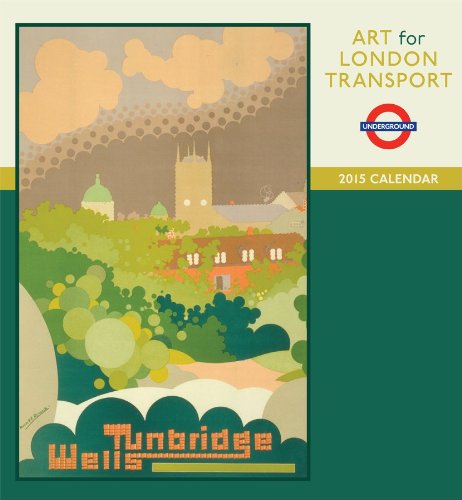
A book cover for Art for London Transport 2015 Calendar; Engineering & Transportation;